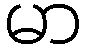
မာ